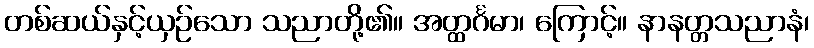
တစ်ဆယ်နှင့်ယှဉ်သော သညာတို့၏။ အတ္ထင်္ဂမာ၊ ကြောင့်။ နာနတ္တသညာနံ၊